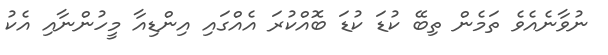
ނުވާނެއެވެ ތަމެން ތިބޭ ކުޑަ ކުޑަ ބޮއްކުރަ އެއްގައި އިންޑިއާ މީހުންނާއި އެކު